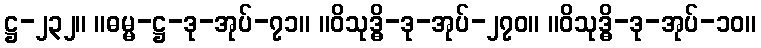
ဋ္ဌ-၂၃၂။ ။ဓမ္မ-ဋ္ဌ-ဒု-အုပ်-၇၁။ ။ဝိသုဒ္ဓိ-ဒု-အုပ်-၂၇၀။ ။ဝိသုဒ္ဓိ-ဒု-အုပ်-၁၀။